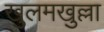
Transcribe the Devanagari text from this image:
खुलमखुल्ला